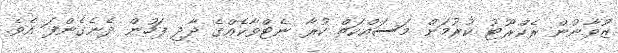
ޒުވާނުން ރެކްރޫޓު ކުރުމަށް މަސައްކަތް ކުރާ ނެޓްވާކެއްގެ ދާދި ފަހުން ދެނެގެންފަ އެވެ.